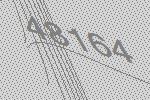
48164